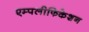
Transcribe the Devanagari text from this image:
एम्पलीफिकेशन